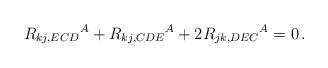
LaTeX: \begin{align*}R_{kj,ECD}{}^A + R_{kj,CDE}{}^A + 2 R_{jk,DEC}{}^A = 0 \,. \end{align*}